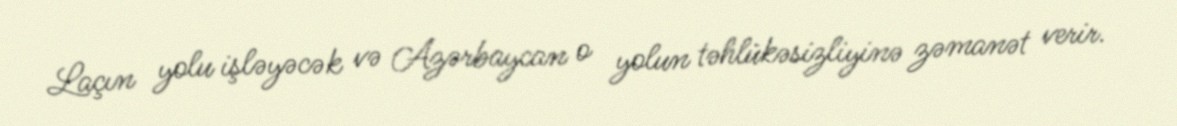
Laçın yolu işləyəcək və Azərbaycan o yolun təhlükəsizliyinə zəmanət verir.